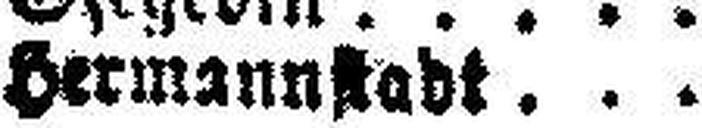
Hermanastadt